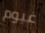
غيوم